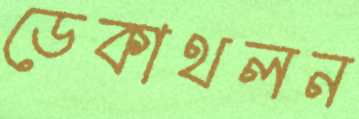
ডেকাথলন